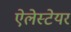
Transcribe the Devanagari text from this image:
ऐलेस्टेयर